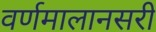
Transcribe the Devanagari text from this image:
वर्णमालानसरी